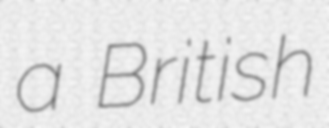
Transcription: a British